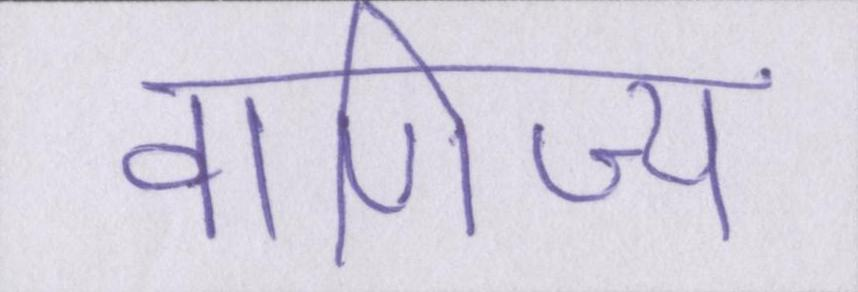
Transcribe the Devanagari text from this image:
वाणिज्य